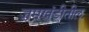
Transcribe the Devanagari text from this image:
जमखंडीतील